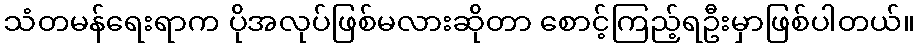
သံတမန်ရေးရာက ပိုအလုပ်ဖြစ်မလားဆိုတာ စောင့်ကြည့်ရဦးမှာဖြစ်ပါတယ်။